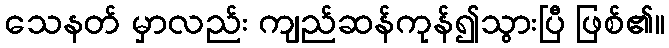
သေနတ် မှာလည်း ကျည်ဆန်ကုန်၍သွားပြီ ဖြစ်၏။